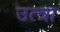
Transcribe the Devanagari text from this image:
उत्त्रा